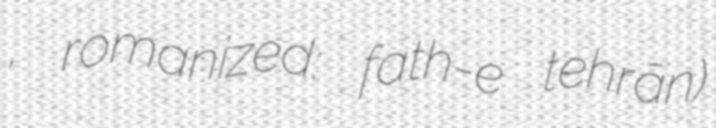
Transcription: تهران, romanized: fath-e tehrān)